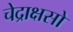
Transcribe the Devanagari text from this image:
चेद्राक्षसो